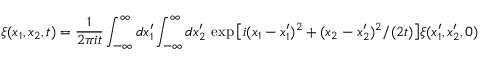
\xi ( x _ { 1 } , x _ { 2 } , t ) = \frac { 1 } { 2 \pi i t } \int _ { - \infty } ^ { \infty } d x _ { 1 } ^ { \prime } \int _ { - \infty } ^ { \infty } d x _ { 2 } ^ { \prime } \, \exp \big [ i ( x _ { 1 } - x _ { 1 } ^ { \prime } ) ^ { 2 } + ( x _ { 2 } - x _ { 2 } ^ { \prime } ) ^ { 2 } / ( 2 t ) \big ] \xi ( x _ { 1 } ^ { \prime } , x _ { 2 } ^ { \prime } , 0 )